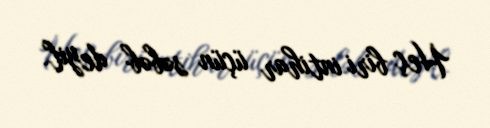
Heç biri intihar üçün səbəb deyil.